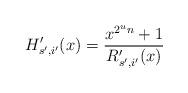
LaTeX: \begin{align*}H'_{s',i'}(x)=\frac{x^{2^un}+1}{R'_{s',i'}(x)} \end{align*}